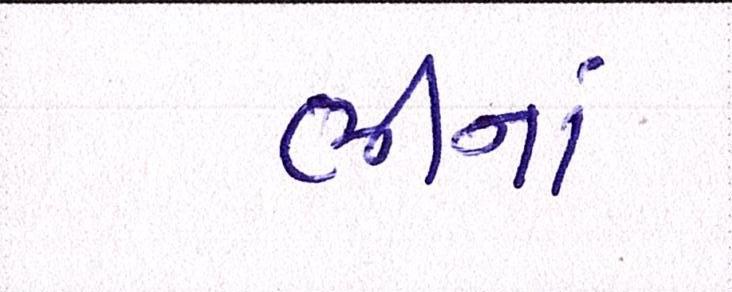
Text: ભીનાં